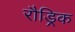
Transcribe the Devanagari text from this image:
रौड्रिक